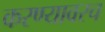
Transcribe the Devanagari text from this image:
करण्यावरच